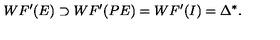
W F ^ { \prime } ( E ) \supset W F ^ { \prime } ( P E ) = W F ^ { \prime } ( I ) = \Delta ^ { \ast } .